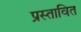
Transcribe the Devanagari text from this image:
प्रस्‍तावित